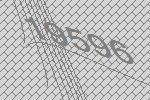
19596